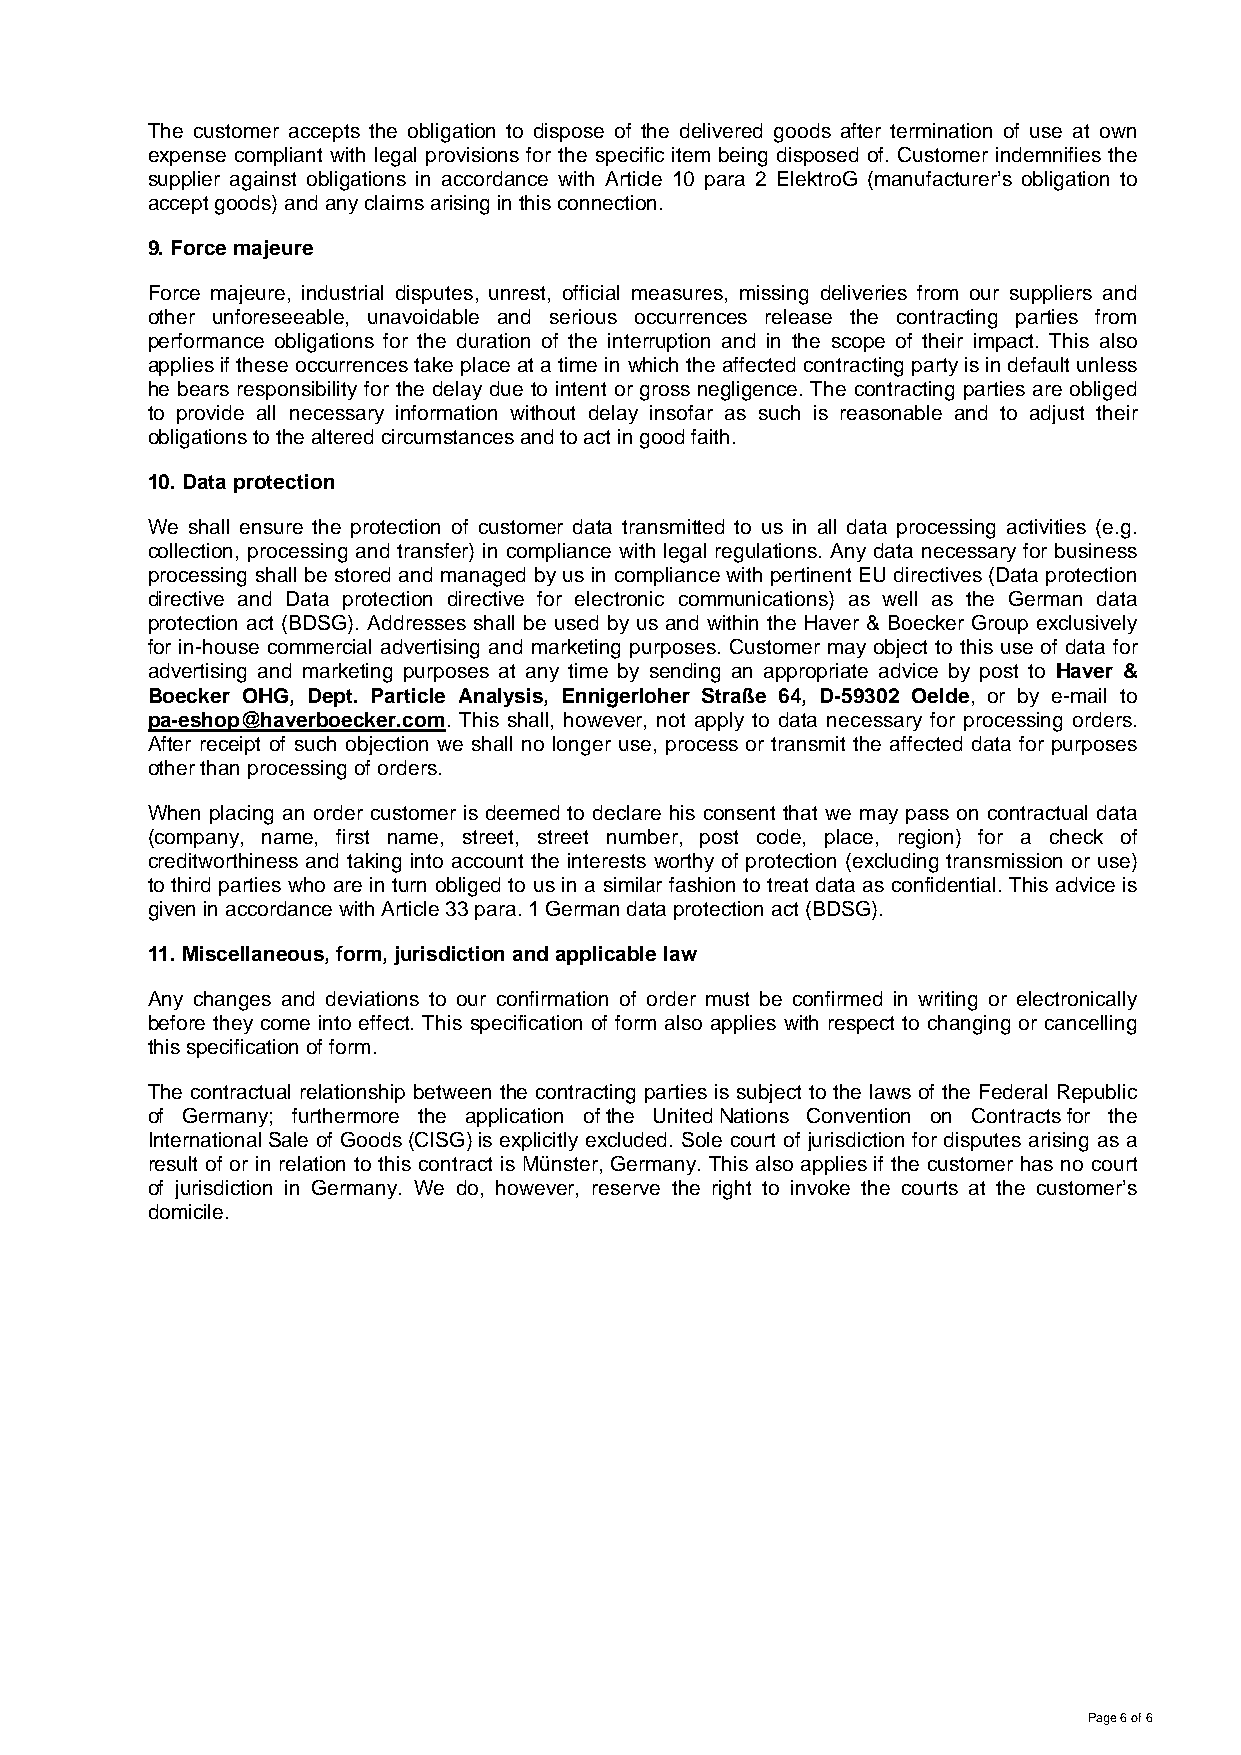
The customer accepts the obligation to dispose of the delivered goods after termination of use at own
 expense compliant with legal provisions for the specific item being disposed of. Customer indemnifies the
 supplier against obligations in accordance with Article 10 para 2 ElektroG (manufacturer’s obligation to
 accept goods) and any claims arising in this connection.
 9. Force majeure
 Force majeure, industrial disputes, unrest, official measures, missing deliveries from our suppliers and
 other unforeseeable, unavoidable and serious occurrences release the contracting parties from
 performance obligations for the duration of the interruption and in the scope of their impact. This also
 applies if these occurrences take place at a time in which the affected contracting party is in default unless
 he bears responsibility for the delay due to intent or gross negligence. The contracting parties are obliged
 to provide all necessary information without delay insofar as such is reasonable and to adjust their
 obligations to the altered circumstances and to act in good faith.
 10. Data protection
 We shall ensure the protection of customer data transmitted to us in all data processing activities (e.g.
 collection, processing and transfer) in compliance with legal regulations. Any data necessary for business
 processing shall be stored and managed by us in compliance with pertinent EU directives (Data protection
 directive and Data protection directive for electronic communications) as well as the German data
 protection act (BDSG). Addresses shall be used by us and within the Haver & Boecker Group exclusively
 for in-house commercial advertising and marketing purposes. Customer may object to this use of data for
 advertising and marketing purposes at any time by sending an appropriate advice by post to Haver &
 Boecker OHG, Dept. Particle Analysis, Ennigerloher Straße 64, D-59302 Oelde, or by e-mail to
 pa-eshop@haverboecker.com. This shall, however, not apply to data necessary for processing orders.
 After receipt of such objection we shall no longer use, process or transmit the affected data for purposes
 other than processing of orders.
 When placing an order customer is deemed to declare his consent that we may pass on contractual data
 (company, name, first name, street, street number, post code, place, region) for a check of
 creditworthiness and taking into account the interests worthy of protection (excluding transmission or use)
 to third parties who are in turn obliged to us in a similar fashion to treat data as confidential. This advice is
 given in accordance with Article 33 para. 1 German data protection act (BDSG).
 11. Miscellaneous, form, jurisdiction and applicable law
 Any changes and deviations to our confirmation of order must be confirmed in writing or electronically
 before they come into effect. This specification of form also applies with respect to changing or cancelling
 this specification of form.
 The contractual relationship between the contracting parties is subject to the laws of the Federal Republic
 of Germany; furthermore the application of the United Nations Convention on Contracts for the
 International Sale of Goods (CISG) is explicitly excluded. Sole court of jurisdiction for disputes arising as a
 result of or in relation to this contract is Münster, Germany. This also applies if the customer has no court
 of jurisdiction in Germany. We do, however, reserve the right to invoke the courts at the customer’s
 domicile.
 Page 6 of 6